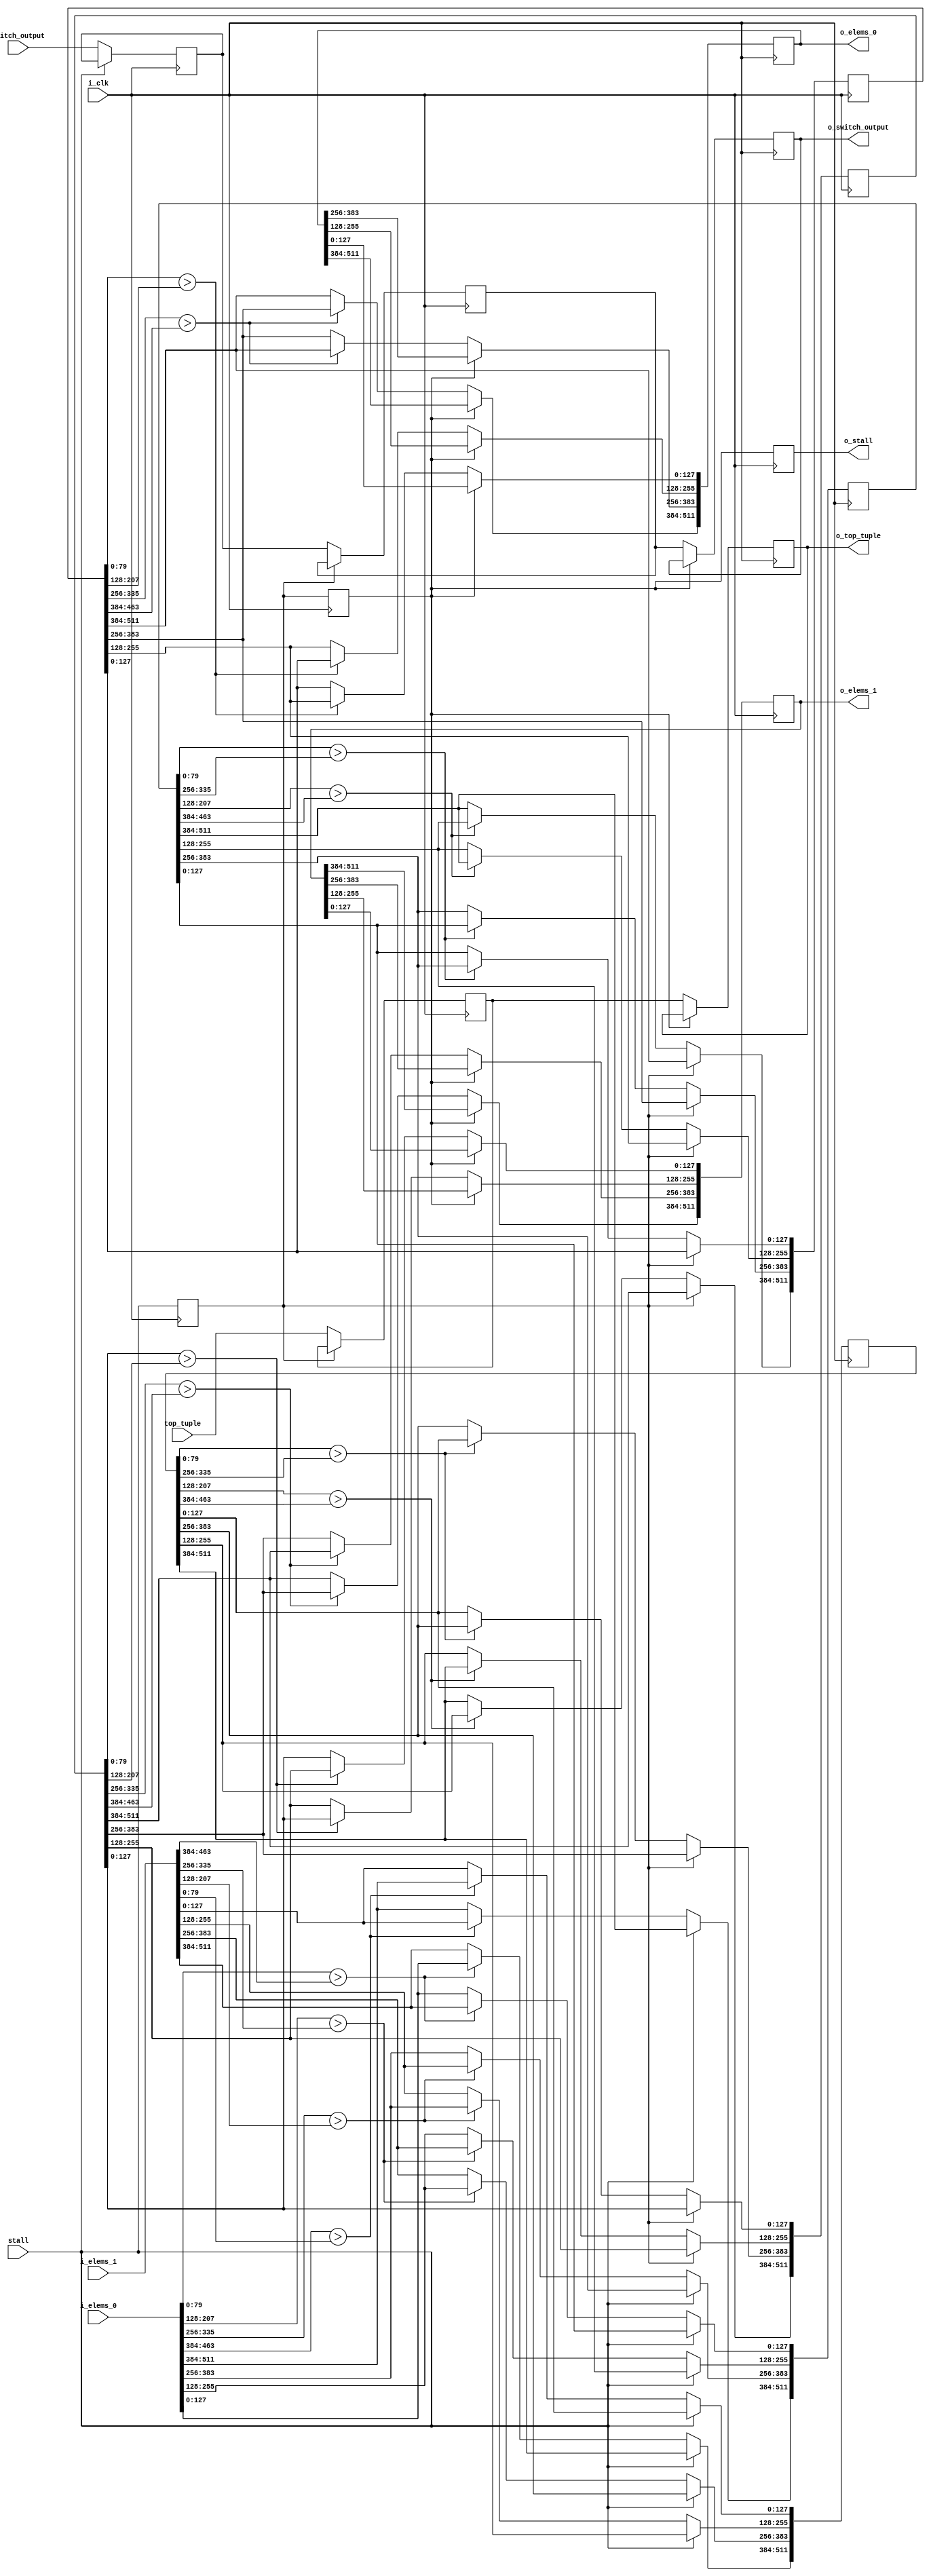
/* For 4-merger */
module BITONIC_NETWORK_8 #(parameter DATA_WIDTH = 128,
			   parameter KEY_WIDTH = 80) (input i_clk,
			  input 		switch_output,
			  input 		stall,
			  input [4*DATA_WIDTH-1:0] 	top_tuple,
			  input [4*DATA_WIDTH-1:0] 	i_elems_0,
			  input [4*DATA_WIDTH-1:0] 	i_elems_1, 
			  output reg [4*DATA_WIDTH-1:0] o_elems_0,
			  output reg [4*DATA_WIDTH-1:0] o_elems_1,
			  output reg 		o_switch_output,
			  output reg 		o_stall,
			  output reg [4*DATA_WIDTH-1:0] o_top_tuple);

   reg 					stall_1, stall_2;
   reg 					switch_output_1, switch_output_2;
   reg [4*DATA_WIDTH-1:0] 			elems_1_0;
   reg [4*DATA_WIDTH-1:0] 			elems_1_1;   
   reg [4*DATA_WIDTH-1:0] 			elems_2_0;
   reg [4*DATA_WIDTH-1:0] 			elems_2_1;   
   wire [4*DATA_WIDTH-1:0] 			top_tuple_1;
   reg [4*DATA_WIDTH-1:0] 			top_tuple_2;

   assign top_tuple_1 = top_tuple;
   
   initial begin
      stall_1 <= 0;
      switch_output_1 <= 0;
      elems_1_0 <= 0;
      elems_1_1 <= 0;

      stall_2 <= 0;
      switch_output_2 <= 0;
      elems_2_0 <= 0;
      elems_2_1 <= 0;

      o_elems_0 <= 0;
      o_elems_1 <= 0;
      
      top_tuple_2 <= 0;

      o_stall <= 0;      
   end

   /* step 1 */
   always @(posedge i_clk) begin
      stall_1 <= stall;
      if (~stall) begin
	 switch_output_1 <= switch_output;	 

	 /* CAS(0, 7) */
	 if (i_elems_0[KEY_WIDTH-1:0] > i_elems_1[3*DATA_WIDTH+KEY_WIDTH-1:3*DATA_WIDTH]) begin
	    /* switch */
	    elems_1_0[DATA_WIDTH-1:0] <= i_elems_1[4*DATA_WIDTH-1:3*DATA_WIDTH];
	    elems_1_1[4*DATA_WIDTH-1:3*DATA_WIDTH] <= i_elems_0[DATA_WIDTH-1:0];
	 end
	 else begin
	    /* stay */
	    elems_1_1[4*DATA_WIDTH-1:3*DATA_WIDTH] <= i_elems_1[4*DATA_WIDTH-1:3*DATA_WIDTH];
	    elems_1_0[DATA_WIDTH-1:0] <= i_elems_0[DATA_WIDTH-1:0];	    
	 end

	 /* CAS(1, 6) */
	 if (i_elems_0[DATA_WIDTH+KEY_WIDTH-1:DATA_WIDTH] > i_elems_1[2*DATA_WIDTH+KEY_WIDTH-1:2*DATA_WIDTH]) begin
	    /* switch */
	    elems_1_0[2*DATA_WIDTH-1:DATA_WIDTH] <= i_elems_1[3*DATA_WIDTH-1:2*DATA_WIDTH];
	    elems_1_1[3*DATA_WIDTH-1:2*DATA_WIDTH] <= i_elems_0[2*DATA_WIDTH-1:DATA_WIDTH];
	 end
	 else begin
	    /* stay */
	    elems_1_0[2*DATA_WIDTH-1:DATA_WIDTH] <= i_elems_0[2*DATA_WIDTH-1:DATA_WIDTH];
	    elems_1_1[3*DATA_WIDTH-1:2*DATA_WIDTH] <= i_elems_1[3*DATA_WIDTH-1:2*DATA_WIDTH];	    
	 end	 
	 
	 /* CAS(2, 5) */
	 if (i_elems_0[2*DATA_WIDTH+KEY_WIDTH-1:2*DATA_WIDTH] > i_elems_1[DATA_WIDTH+KEY_WIDTH-1:DATA_WIDTH]) begin
	    /* switch */
	    elems_1_1[2*DATA_WIDTH-1:DATA_WIDTH] <= i_elems_0[3*DATA_WIDTH-1:2*DATA_WIDTH];
	    elems_1_0[3*DATA_WIDTH-1:2*DATA_WIDTH] <= i_elems_1[2*DATA_WIDTH-1:DATA_WIDTH];
	 end
	 else begin
	    /* stay */
	    elems_1_1[2*DATA_WIDTH-1:DATA_WIDTH] <= i_elems_1[2*DATA_WIDTH-1:DATA_WIDTH];
	    elems_1_0[3*DATA_WIDTH-1:2*DATA_WIDTH] <= i_elems_0[3*DATA_WIDTH-1:2*DATA_WIDTH];	    
	 end

	 /* CAS(3, 4) */
	 if (i_elems_0[3*DATA_WIDTH+KEY_WIDTH-1:3*DATA_WIDTH] > i_elems_1[KEY_WIDTH-1:0]) begin
	    /* switch */
	    elems_1_1[DATA_WIDTH-1:0] <= i_elems_0[4*DATA_WIDTH-1:3*DATA_WIDTH];
	    elems_1_0[4*DATA_WIDTH-1:3*DATA_WIDTH] <= i_elems_1[DATA_WIDTH-1:0];
	 end
	 else begin
	    /* stay */
	    elems_1_1[DATA_WIDTH-1:0] <= i_elems_1[DATA_WIDTH-1:0];
	    elems_1_0[4*DATA_WIDTH-1:3*DATA_WIDTH] <= i_elems_0[4*DATA_WIDTH-1:3*DATA_WIDTH];	    
	 end	 	 
      end // if (~stall)      
   end

   /* step 2 */
   always @(posedge i_clk) begin
      stall_2 <= stall_1;
      if (~stall_1) begin
	 switch_output_2 <= switch_output_1;
	 top_tuple_2 <= top_tuple_1;

	 /* CAS(0, 2) */
	 if (elems_1_0[KEY_WIDTH-1:0] > elems_1_0[2*DATA_WIDTH+KEY_WIDTH-1:2*DATA_WIDTH]) begin
	    /* switch */
	    elems_2_0[DATA_WIDTH-1:0] <= elems_1_0[3*DATA_WIDTH-1:2*DATA_WIDTH];
	    elems_2_0[3*DATA_WIDTH-1:2*DATA_WIDTH] <= elems_1_0[DATA_WIDTH-1:0];	    
	 end
	 else begin
	    /* stay */
	    elems_2_0[DATA_WIDTH-1:0] <= elems_1_0[DATA_WIDTH-1:0];
	    elems_2_0[3*DATA_WIDTH-1:2*DATA_WIDTH] <= elems_1_0[3*DATA_WIDTH-1:2*DATA_WIDTH];
	 end
	 
	 /* CAS(1, 3) */
	 if (elems_1_0[DATA_WIDTH+KEY_WIDTH-1:DATA_WIDTH] > elems_1_0[3*DATA_WIDTH+KEY_WIDTH-1:3*DATA_WIDTH]) begin
	    /* switch */
	    elems_2_0[2*DATA_WIDTH-1:DATA_WIDTH] <= elems_1_0[4*DATA_WIDTH-1:3*DATA_WIDTH];
	    elems_2_0[4*DATA_WIDTH-1:3*DATA_WIDTH] <= elems_1_0[2*DATA_WIDTH-1:DATA_WIDTH];	    
	 end
	 else begin
	    /* stay */
	    elems_2_0[2*DATA_WIDTH-1:DATA_WIDTH] <= elems_1_0[2*DATA_WIDTH-1:DATA_WIDTH];
	    elems_2_0[4*DATA_WIDTH-1:3*DATA_WIDTH] <= elems_1_0[4*DATA_WIDTH-1:3*DATA_WIDTH];
	 end

	 /* CAS(4, 6) */
	 if (elems_1_1[KEY_WIDTH-1:0] > elems_1_1[2*DATA_WIDTH+KEY_WIDTH-1:2*DATA_WIDTH]) begin
	    /* switch */
	    elems_2_1[DATA_WIDTH-1:0] <= elems_1_1[3*DATA_WIDTH-1:2*DATA_WIDTH];
	    elems_2_1[3*DATA_WIDTH-1:2*DATA_WIDTH] <= elems_1_1[DATA_WIDTH-1:0];	    
	 end
	 else begin
	    /* stay */
	    elems_2_1[DATA_WIDTH-1:0] <= elems_1_1[DATA_WIDTH-1:0];
	    elems_2_1[3*DATA_WIDTH-1:2*DATA_WIDTH] <= elems_1_1[3*DATA_WIDTH-1:2*DATA_WIDTH];
	 end
	 
	 /* CAS(5, 7) */
	 if (elems_1_1[DATA_WIDTH+KEY_WIDTH-1:DATA_WIDTH] > elems_1_1[3*DATA_WIDTH+KEY_WIDTH-1:3*DATA_WIDTH]) begin
	    /* switch */
	    elems_2_1[2*DATA_WIDTH-1:DATA_WIDTH] <= elems_1_1[4*DATA_WIDTH-1:3*DATA_WIDTH];
	    elems_2_1[4*DATA_WIDTH-1:3*DATA_WIDTH] <= elems_1_1[2*DATA_WIDTH-1:DATA_WIDTH];	    
	 end
	 else begin
	    /* stay */
	    elems_2_1[2*DATA_WIDTH-1:DATA_WIDTH] <= elems_1_1[2*DATA_WIDTH-1:DATA_WIDTH];
	    elems_2_1[4*DATA_WIDTH-1:3*DATA_WIDTH] <= elems_1_1[4*DATA_WIDTH-1:3*DATA_WIDTH];
	 end	 	 
      end
   end // always @ (posedge i_clk)

   /* step 3 */
   always @(posedge i_clk) begin
      o_stall <= stall_2;
      if (~stall_2) begin
	 o_switch_output <= switch_output_2;
	 o_top_tuple <= top_tuple_2;

	 /* CAS(0, 1) */
	 if (elems_2_0[KEY_WIDTH-1:0] > elems_2_0[DATA_WIDTH+KEY_WIDTH-1:DATA_WIDTH]) begin
	    /* switch */
	    o_elems_0[DATA_WIDTH-1:0] <= elems_2_0[2*DATA_WIDTH-1:DATA_WIDTH];
	    o_elems_0[2*DATA_WIDTH-1:DATA_WIDTH] <= elems_2_0[DATA_WIDTH-1:0];	    
	 end
	 else begin
	    /* stay */
	    o_elems_0[DATA_WIDTH-1:0] <= elems_2_0[DATA_WIDTH-1:0];
	    o_elems_0[2*DATA_WIDTH-1:DATA_WIDTH] <= elems_2_0[2*DATA_WIDTH-1:DATA_WIDTH];
	 end
	 
	 /* CAS(2, 3) */
	 if (elems_2_0[2*DATA_WIDTH+KEY_WIDTH-1:2*DATA_WIDTH] > elems_2_0[3*DATA_WIDTH+KEY_WIDTH-1:3*DATA_WIDTH]) begin
	    /* switch */
	    o_elems_0[3*DATA_WIDTH-1:2*DATA_WIDTH] <= elems_2_0[4*DATA_WIDTH-1:3*DATA_WIDTH];
	    o_elems_0[4*DATA_WIDTH-1:3*DATA_WIDTH] <= elems_2_0[3*DATA_WIDTH-1:2*DATA_WIDTH];	    
	 end
	 else begin
	    /* stay */
	    o_elems_0[3*DATA_WIDTH-1:2*DATA_WIDTH] <= elems_2_0[3*DATA_WIDTH-1:2*DATA_WIDTH];
	    o_elems_0[4*DATA_WIDTH-1:3*DATA_WIDTH] <= elems_2_0[4*DATA_WIDTH-1:3*DATA_WIDTH];
	 end

	 /* CAS(4, 5) */
	 if (elems_2_1[KEY_WIDTH-1:0] > elems_2_1[DATA_WIDTH+KEY_WIDTH-1:DATA_WIDTH]) begin
	    /* switch */
	    o_elems_1[DATA_WIDTH-1:0] <= elems_2_1[2*DATA_WIDTH-1:DATA_WIDTH];
	    o_elems_1[2*DATA_WIDTH-1:DATA_WIDTH] <= elems_2_1[DATA_WIDTH-1:0];	    
	 end
	 else begin
	    /* stay */
	    o_elems_1[DATA_WIDTH-1:0] <= elems_2_1[DATA_WIDTH-1:0];
	    o_elems_1[2*DATA_WIDTH-1:DATA_WIDTH] <= elems_2_1[2*DATA_WIDTH-1:DATA_WIDTH];
	 end
	 
	 /* CAS(6, 7) */
	 if (elems_2_1[2*DATA_WIDTH+KEY_WIDTH-1:2*DATA_WIDTH] > elems_2_1[3*DATA_WIDTH+KEY_WIDTH-1:3*DATA_WIDTH]) begin
	    /* switch */
	    o_elems_1[3*DATA_WIDTH-1:2*DATA_WIDTH] <= elems_2_1[4*DATA_WIDTH-1:3*DATA_WIDTH];
	    o_elems_1[4*DATA_WIDTH-1:3*DATA_WIDTH] <= elems_2_1[3*DATA_WIDTH-1:2*DATA_WIDTH];	    
	 end
	 else begin
	    /* stay */
	    o_elems_1[3*DATA_WIDTH-1:2*DATA_WIDTH] <= elems_2_1[3*DATA_WIDTH-1:2*DATA_WIDTH];
	    o_elems_1[4*DATA_WIDTH-1:3*DATA_WIDTH] <= elems_2_1[4*DATA_WIDTH-1:3*DATA_WIDTH];
	 end	 	 
      end
   end   
endmodule